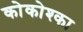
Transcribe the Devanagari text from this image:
कोकोश्का